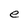
Character: e